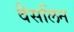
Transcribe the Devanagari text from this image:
वैसलिन